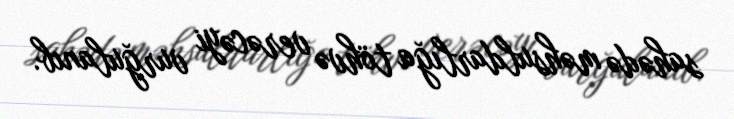
sahədə məhsuldarlığa töhvə verəcəyi vurğulanıb.